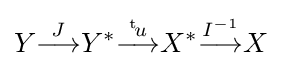
Y{\overset {J}{\longrightarrow }}Y^{*}{\overset {{}^{{\text{t}}\!}u}{\longrightarrow }}X^{*}{\overset {I^{-1}}{\longrightarrow }}X